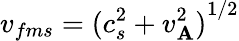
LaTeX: v_{fms}={(c_{s}^{2}+v_{\mathbf{A}}^{2})}^{1/2}